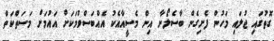
ގޮތުގައި ޖުލައި މަހުން ފެށިގެން ބާސެލޯނާ އިން މެސީއާއެކު އެއްބަސްވުމަކަށް އައުމަށް މަސަތްކަތް